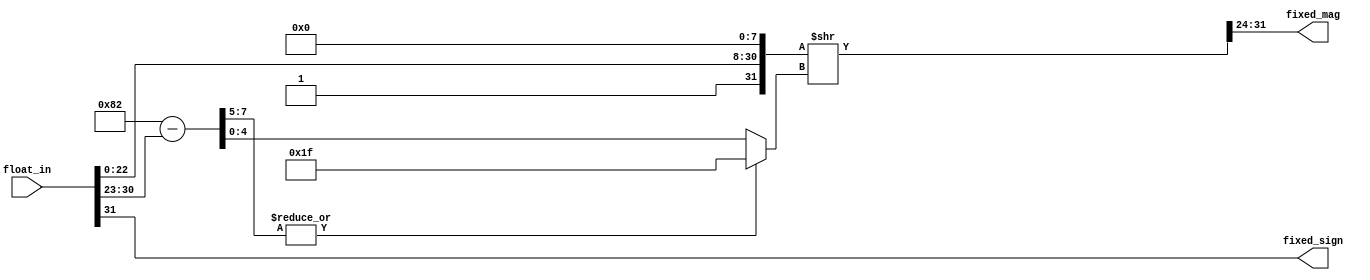
module float_to_fixed (
	float_in,
	fixed_sign,
	fixed_mag
);

parameter FIXED_WIDTH = 8; // must not be > 32
parameter FIXED_FRACTIONAL = 4;

input [31:0] float_in;
output fixed_sign;
output [FIXED_WIDTH-1:0] fixed_mag;
	
	wire [7:0] float_exp;
	wire [22:0] float_mantissa;
	assign {fixed_sign, float_exp, float_mantissa} = float_in;

	wire [31:0] working_out = {1'b1,float_mantissa,8'h0};
	
	wire [7:0] shift_dist = 8'd127 + (FIXED_WIDTH-FIXED_FRACTIONAL) - 1
					- float_exp;
	wire [4:0] trunc_shift_dist = (|shift_dist[7:5]) ? 5'b11111 : shift_dist[4:0];

	wire [31:0] shifted_out = working_out >> trunc_shift_dist;
	
	assign fixed_mag = 	shifted_out[31:32-FIXED_WIDTH];
	
endmodule